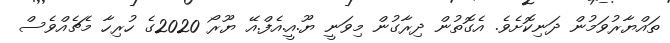
ތައްޔާރުވަމުން ދަނިކޮށެވެ. އެގޮތުން ދިރާގުން މިވަނީ ޔޫ.އީ.އެފް.އޭ ޔޫރޯ 2020ގެ ހުރިހާ މެޗެއްވެސް